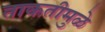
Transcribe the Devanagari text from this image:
ताकतीमुळे